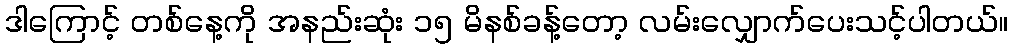
ဒါကြောင့် တစ်နေ့ကို အနည်းဆုံး ၁၅ မိနစ်ခန့်တော့ လမ်းလျှောက်ပေးသင့်ပါတယ်။